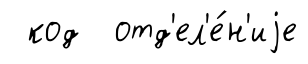
код отд'ел'е́н'иjе